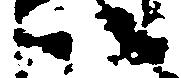
以